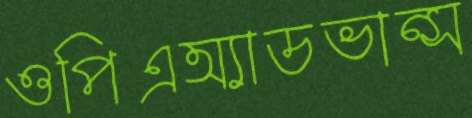
ওপিএঅ্যাডভান্স